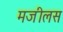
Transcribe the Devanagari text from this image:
मजीलस